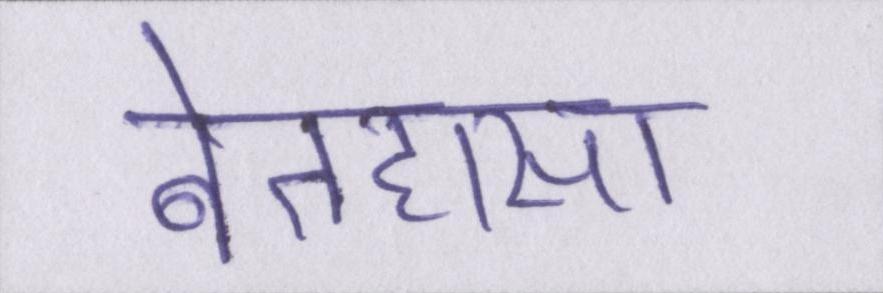
बेतहासा